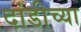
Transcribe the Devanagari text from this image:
दांडीच्या